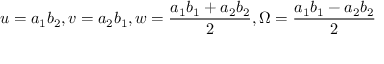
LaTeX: u = a _ { 1 } b _ { 2 } , v = a _ { 2 } b _ { 1 } , w = \frac { a _ { 1 } b _ { 1 } + a _ { 2 } b _ { 2 } } { 2 } , \Omega = \frac { a _ { 1 } b _ { 1 } - a _ { 2 } b _ { 2 } } { 2 }